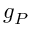
g _ { P }